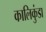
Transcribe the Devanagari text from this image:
कालिकुंडा